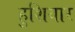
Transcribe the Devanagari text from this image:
हुशियार